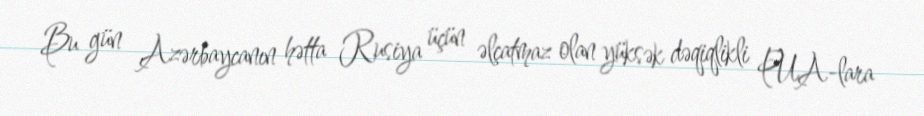
Bu gün Azərbaycanın hətta Rusiya üçün əlçatmaz olan yüksək dəqiqlikli PUA-lara